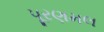
પૂરણમલ